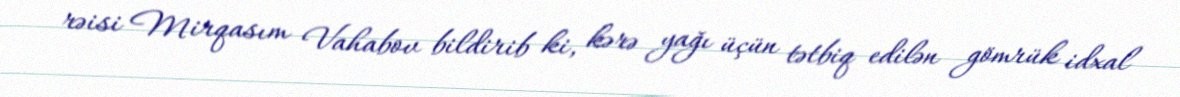
rəisi Mirqasım Vahabov bildirib ki, kərə yağı üçün tətbiq edilən gömrük idxal